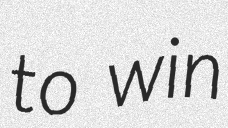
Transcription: to win